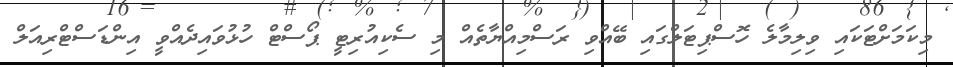
މިކަމަށްޓަކައި ވިލިމާލެ ހޮސްޕިޓަލްގައި ބޭއްވި ރަސްމިއްޔާތެއް މި ސެކިއުރިޓީ ޕޯސްޓް ހުޅުވައިދެއްވީ އިންޑަސްޓްރިއަލް